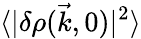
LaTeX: \langle|\delta\rho(\vec{k},0)|^{2}\rangle